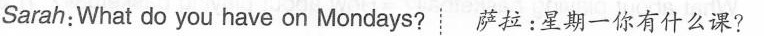
Sarah:What do you have on Mondays? 萨拉：星期一你有什么课？